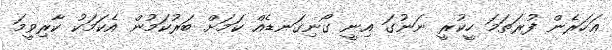
ޢަހަރެން ފުރަތަމަ ހީކުރީ ނަނުގަ އިނީ ގޯނިގަނޑެއް ކަމަށް ބަރުކަމުން އެކަމަކު ކާރިވީމަ